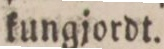
kungjordt.